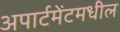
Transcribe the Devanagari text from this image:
अपार्टमेंटमधील